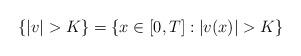
LaTeX: \begin{align*}\{|v|>K\}=\{x\in [0, T]: |v(x)|>K\}\end{align*}